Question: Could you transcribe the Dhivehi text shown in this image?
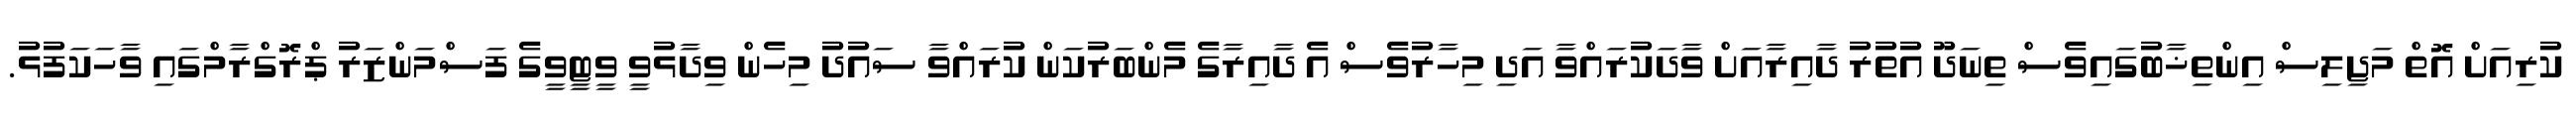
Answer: ކުރިއަށް އޮތް މަޖިލިސް އިންތިޚާބުގައިވެސް ތިނަދޫ އުތުރު ދާއިރާއަށް ވާދަކުރައްވާ އަދި މިހާރުވެސް އެ ދާއިރާގެ މެންބަރުކަން ކުރައްވާ ސައުދު މިހެން ވިދާޅުވީ ވީޓީވީގެ ފަސްމަންޒަރު ޕްރޮގްރާމްގައި ވާހަކަފުޅު.